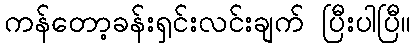
ကန်တော့ခန်းရှင်းလင်းချက် ပြီးပါပြီ။